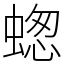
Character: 䗓